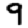
Digit: 9